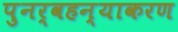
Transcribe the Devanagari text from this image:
पुनर्वहन्‍याकरण